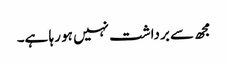
مجھ سے برداشت نہیں ہو رہا ہے۔